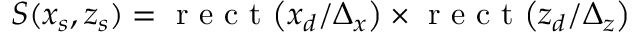
S ( x _ { s } , z _ { s } ) = \mathrm { ~ r ~ e ~ c ~ t ~ } \big ( x _ { d } / \Delta _ { x } \big ) \times \mathrm { ~ r ~ e ~ c ~ t ~ } \big ( { z _ { d } / \Delta _ { z } } \big )